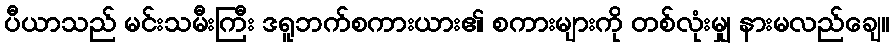
ပီယာသည် မင်းသမီးကြီး ဒရူဘက်စကားယား၏ စကားများကို တစ်လုံးမျှ နားမလည်ချေ။